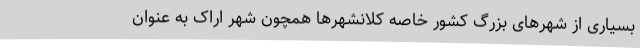
بسیاری از شهرهای بزرگ کشور خاصه کلانشهرها همچون شهر اراک به عنوان